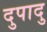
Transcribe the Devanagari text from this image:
दुपादु